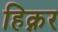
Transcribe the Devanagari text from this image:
हिक्नर